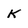
Character: K